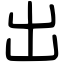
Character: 出